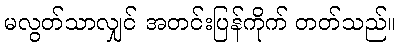
မလွတ်သာလျှင် အတင်းပြန်ကိုက် တတ်သည်။